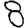
Digit: 8